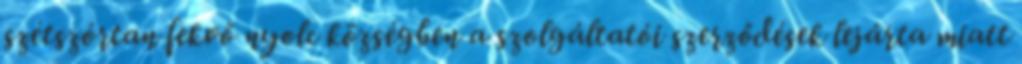
szétszórtan fekvő nyolc községben a szolgáltatói szerződések lejárta miatt